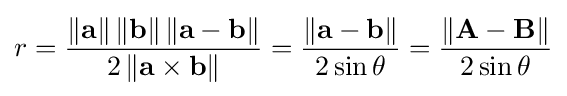
r={\frac {\left\|\mathbf {a} \right\|\left\|\mathbf {b} \right\|\left\|\mathbf {a} -\mathbf {b} \right\|}{2\left\|\mathbf {a} \times \mathbf {b} \right\|}}={\frac {\left\|\mathbf {a} -\mathbf {b} \right\|}{2\sin \theta }}={\frac {\left\|\mathbf {A} -\mathbf {B} \right\|}{2\sin \theta }}